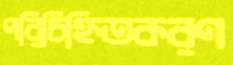
পরিচিহ্নিতকরণ